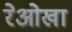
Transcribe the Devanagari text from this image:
रेओखा